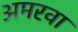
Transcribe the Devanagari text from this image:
अमरवा